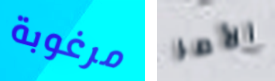
مرغوبة الأمر